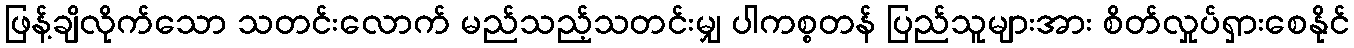
ဖြန့်ချိလိုက်သော သတင်းလောက် မည်သည့်သတင်းမျှ ပါကစ္စတန် ပြည်သူများအား စိတ်လှုပ်ရှားစေနိုင်